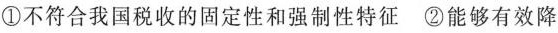
①不符合我国税收的固定性和强制性特征 ②能够有效降